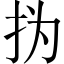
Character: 㧑